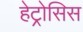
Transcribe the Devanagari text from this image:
हेट्रोसिस